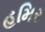
હમિર